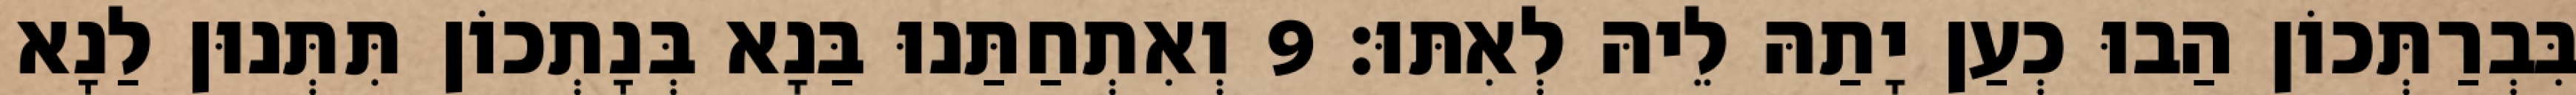
בִּבְרַתְּכוֹן הַבוּ כְעַן יָתַהּ לֵיהּ לְאִתּוּ׃ 9 וְאִתְחַתַּנוּ בַּנָא בְּנָתְכוֹן תִּתְּנוּן לַנָא